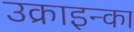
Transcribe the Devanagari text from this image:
उक्राइन्का